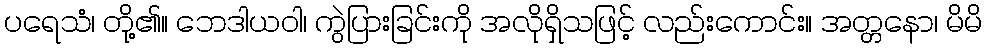
ပရေသံ၊ တို့၏။ ဘေဒါယဝါ၊ ကွဲပြားခြင်းကို အလိုရှိသဖြင့် လည်းကောင်း။ အတ္တနော၊ မိမိ